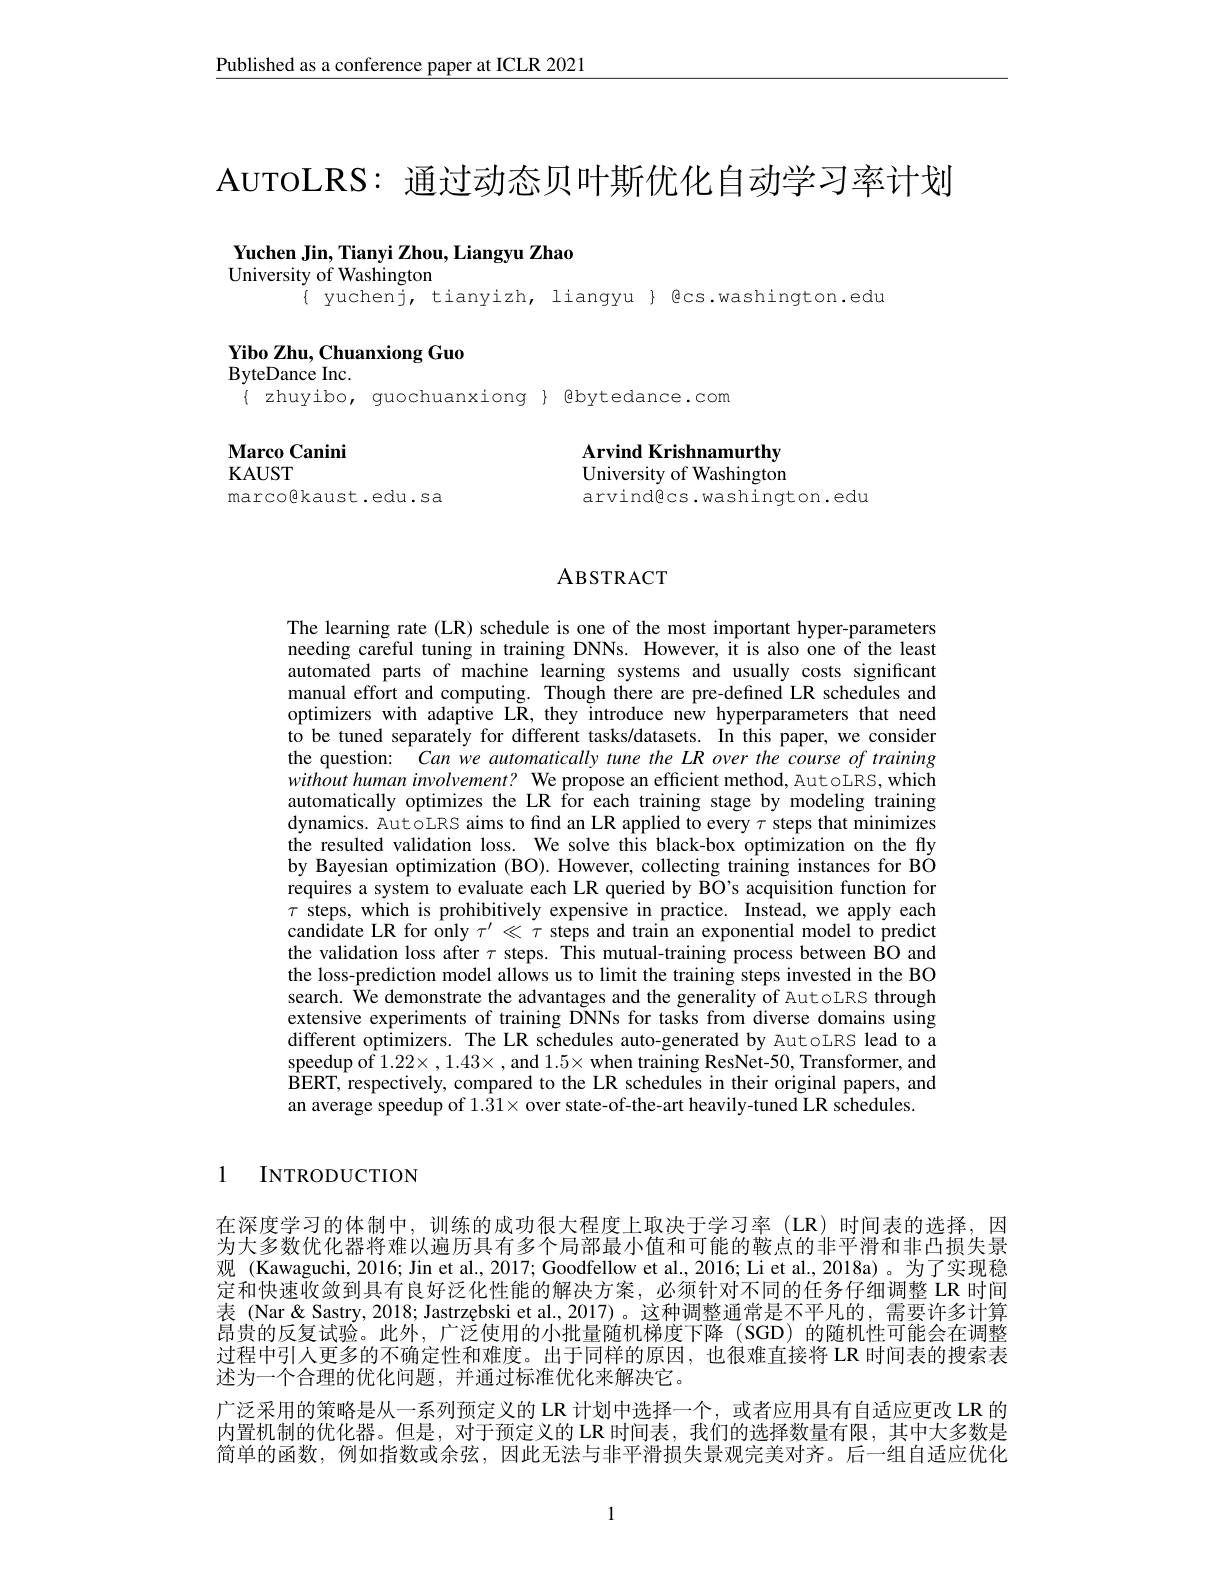
Published as a conference paper at ICLR 2021

AUTOLRS: 通过动态贝叶斯优化自动学习率计划

Yuchen Jin, Tianyi Zhou, Liangyu Zhao
University of Washington

$\{$ yuchenj, tianyizh, liangyu $\}$色cs.washington.edu

Yibo Zhu, Chuanxiong Guo
${\mathbf{ByteDance}}$Inc.
$\{ zhuyibo, guochuanxiong $ Bbytedance.com$

Arvind Krishnamurthy University of Washington

$\mathbf{MarcoCanini}$
KAUST
marco@kaust.edu.sa

arvindecs.washington.edu

## ABSTRACT

The learning rate (LR) schedule is one of the most important hyper-parameters needing careful tuning in training DNNs. However, it is also one of the least automated parts of machine learning systems and usually costs significant manual effort and computing. Though there are pre-defined LR schedules and optimizers with adaptive LK, they introduce new hyperparameters that need to be tuned separately for different tasks/datasets. In this paper, we consider the question: Can we automatically tune the LR over the course of training without human involvement? We propose an efficient method, AutoLRS, which automatically optimizes the LR for each training stage by modeling training dynamics. AutoLRS aims to find an LR applied to every $\tau$ steps that minimizes the resulted validation loss. We solve this black-box optimization on the fly by Bayesian optimization (BO). However, collecting training instances for BO requires a system to evaluate each LR queried by BO's acquisition function for $\tau$ steps, which is prohibitively expensive in practice. Instead, we apply each candidate LR for only $\tau^\prime\ll\tau$ steps and train an exponential model to predict the validation loss after $\tau$ steps. This mutual-training process between BO and the loss-prediction model allows us to limit the training steps invested in the BO search. ÎVe demonstrate the advantages and the generality of AutoLRS through extensive experiments of training DNNs for tasks from diverse domains using different optimizers. The LR schedules auto-generated by AutoLRS lead to a speedup of $1.22\times,1.43\times$, and $1.5\times$ when training ResNet-50, Transformer, and $\dot{\mathbf{BERT}}$, respectively, compared to the LR schedules in their original papers, and an average speedup of $1.31\times$ over state-of-the-art heavily-tuned LR schedules.

1

INTRODUCTION

在深度学习的体制中，训练的成功很大程度上取决于学习率(LR)时间表的选择，因为大多数优化器将难以遍历具有多个局部最小值和可能的鞍点的非平滑和非凸损失景观 (Kawaguchi, 2016; Jin et al., 2017; Goodfellow et al., 2016; Li et al., 2018a) 。为了实现稳定和快速收敛到具有良好泛化性能的解决方案，必须针对不同的任务仔细调整 LR 时间表 (Nar&Sastry, 2018; Jastrzębski et al., 2017) 。这种调整通常是不平凡的，需要许多计算昂贵的反复试验。此外，广泛使用的小批量随机梯度下降(SGD)的随机性可能会在调整过程中引人更多的不确定性和难度。出于同样的原因，也很难直接将 LR 时间表的搜索表述为一个合理的优化问题，并通过标准优化来解决它。
广泛采用的策略是从一系列预定义的 LR 计划中选择一个，或者应用具有自适应更改 LR 的内置机制的优化器。但是，对于预定义的 LR 时间表，我们的选择数量有限，其中大多数是简单的函数，例如指数或余弦，因此无法与非平滑损失景观完美对齐。后一组自适应优化

1